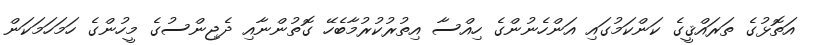
އަތޮޅުގެ ތަރައްޤީގެ ކަންކަމުގައި އަންހެނުންގެ ހިއްސާ އިތުރުކުރުމާބެހޭ ގޮތުންނާއި ދެޖިންސުގެ މީހުންގެ ހަމަހަމަކަން